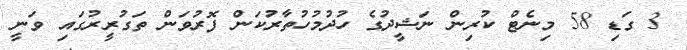
3 ގަޑި 58 މިނެޓް ކުރިން ނަޝީދުގެ ހުދުމުހުތާރުކަން ފޮރުވަން ތަގުރީރުގައި ވަނީ